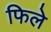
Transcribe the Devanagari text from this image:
फिले